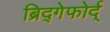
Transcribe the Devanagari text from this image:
ब्रिद्गेफोर्द्